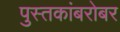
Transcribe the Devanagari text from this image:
पुस्तकांबरोबर